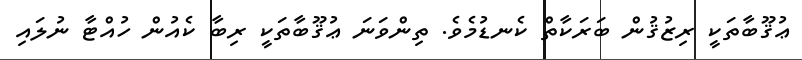
ޢުޤޫބާތަކީ ރިޒުޤުން ބަރަކާތް ކެނޑުމެވެ. ތިންވަނަ ޢުޤޫބާތަކީ ރިބާ ކެއުން ހުއްޓާ ނުލައި